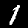
Digit: 1